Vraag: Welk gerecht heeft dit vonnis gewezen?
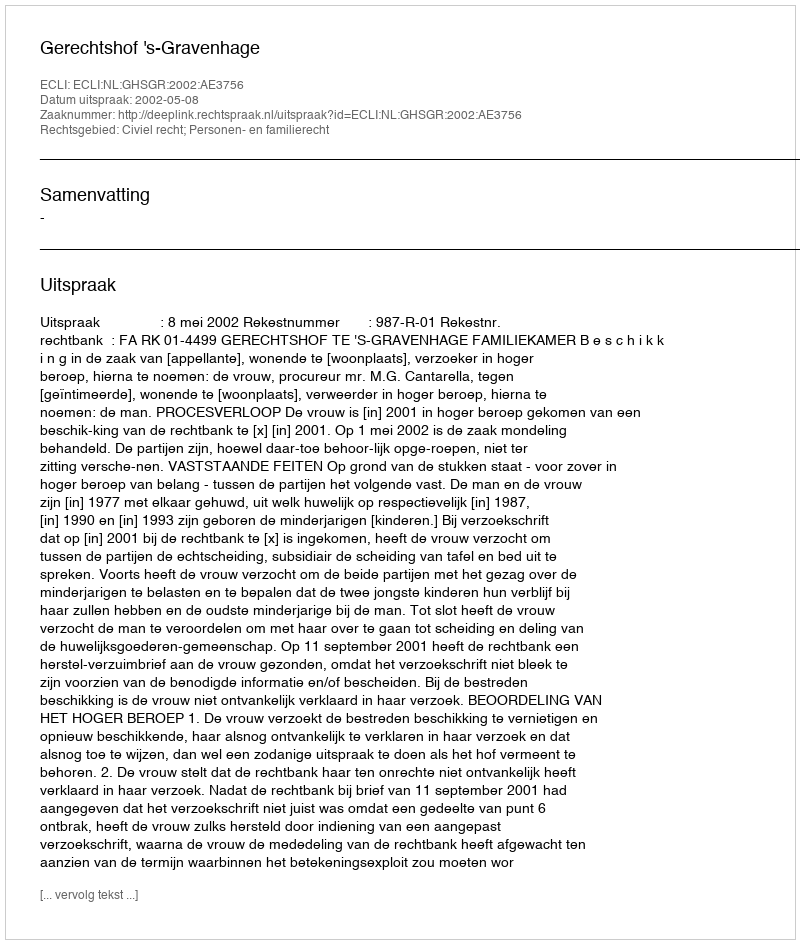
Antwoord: Gerechtshof 's-Gravenhage